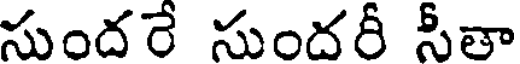
సుందరే సుందరీ సీతా